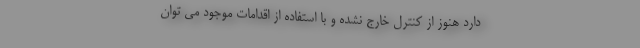
دارد هنوز از کنترل خارج نشده و با استفاده از اقدامات موجود می توان